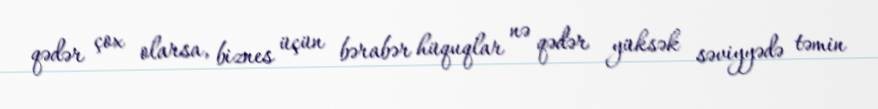
qədər çox olarsa, biznes üçün bərabər hüquqlar nə qədər yüksək səviyyədə təmin